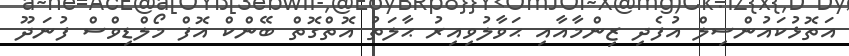
އަތޮޅުކައުންސިލް އުފެދި ޒިންމާއާއި ޙަވާލުވިއިރު ޙާލަތު އޮތްގޮތް ބޭންކް އޮފް މޯލްޑިވްސް ފުނަދޫ